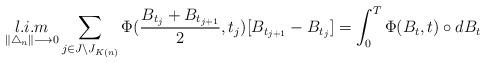
LaTeX: \begin{align*}\mathop{l.i.m}\limits_{\|\bigtriangleup_{n}\| \longrightarrow 0 } \sum_{\substack{j\in J\setminus J_{K(n)}}} \Phi(\frac{B_{t_{j}}+B_{t_{j+1}}}{2},t_{j})[B_{t_{j+1}}-B_{t_{j}}]=\int_{0}^{T} \Phi(B_{t},t) \circ dB_{t}\end{align*}